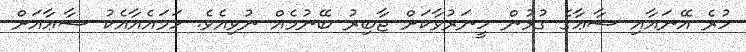
ހުރެ އޭނައާއި ޝާޢާގެ ގުޅުން ހީނަރުވާކަށް ޖާބިރު ބޭނުމެއް ނުވިއެވެ. ހަމައެއާއެކު ޝާޢާއަށް